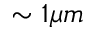
\sim 1 \mu m